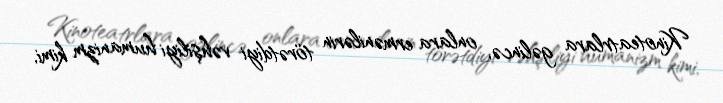
Kinoteatrlara gəlincə, onlara ermənilərin törətdiyi vəhşiliyi humanizm kimi,